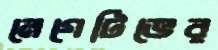
নেগেটিভের